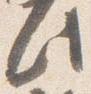
此